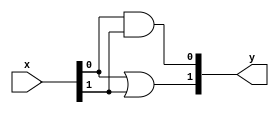
// vim: ts=4 sts=0 sw=0 noet
`default_nettype none
`timescale 1ns / 1ns

module sorter2b (
	input wire [1:0] x,
	output wire [1:0] y
);
	or (y[1], x[0], x[1]);
	and (y[0], x[0], x[1]);
endmodule

module sorter3b (
	input wire [2:0] x,
	output wire [2:0] y
);
	wire [1:0] l1;
	wire l2;
	sorter2b s_2_1_0 (
		.x (x[2:1]),
		.y (l1)
	);
	sorter2b s_1_0 (
		.x ({l1[0], x[0]}),
		.y ({l2, y[0]})
	);
	sorter2b s_2_1_1 (
		.x ({l1[1], l2}),
		.y (y[2:1])
	);
endmodule

module sorter4b (
	input wire [3:0] x,
	output wire [3:0] y
);
	wire [3:0] l1;
	wire [1:0] l2;
	sorter2b s_3_2 (
		.x (x[3:2]),
		.y (l1[3:2])
	);
	sorter2b s_1_0 (
		.x (x[1:0]),
		.y (l1[1:0])
	);
	sorter2b s_3_1 (
		.x ({l1[3], l1[1]}),
		.y ({y[3], l2[0]})
	);
	sorter2b s_2_0 (
		.x ({l1[2], l1[0]}),
		.y ({l2[1], y[0]})
	);
	sorter2b s_2_1 (
		.x (l2),
		.y (y[2:1])
	);
endmodule

module mux2b (
	input wire [1:0] x,
	input wire s,
	output wire y
);
	wire [1:0] l1;
	and (l1[0], x[0], ~s);
	and (l1[1], x[1], s);
	or (y, l1[0], l1[1]);
endmodule

module counter7b3 (
	input wire [6:0] x,
	output wire [2:0] y
);
	wire [1:3] I;
	wire [1:4] H;

	wire [3:1] c2l1;
	wire [2:1] c2l2;

	wire [0:3] Q;

	wire [2:1] sl1;
	wire [2:1] sl2;

	wire [2:1] c1l1;
	wire [2:1] c1l2;

	sorter3b srtI (
		.x (x[6:4]),
		.y (I)
	);
	sorter4b srtH (
		.x (x[3:0]),
		.y (H)
	);

	// C2 - Layer 1
	and (c2l1[1], I[3], H[1]);
	and (c2l1[2], I[2], H[2]);
	and (c2l1[3], I[1], H[3]);
	// C2 - Layer 2
	or (c2l2[1], c2l1[1], c2l1[2]);
	or (c2l2[2], c2l1[3], H[4]);
	// C2
	or (y[2], c2l2[1], c2l2[2]);

	// Q
	assign Q = {~I[1], I[1]&(~I[2]), I[2]&(~I[3]), I[3]};

	// C1 - Layer 1
	and (c1l1[1], H[2], ~H[4]);
	and (c1l1[2], H[1], ~H[3]);
	// C1 - Layer 2
	mux2b mux2c1a (
		.x ({Q[0], Q[2]}),
		.s (c1l1[1]),
		.y (c1l2[1])
	);
	mux2b mux2c1b (
		.x ({Q[1], Q[3]}),
		.s (c1l1[2]),
		.y (c1l2[2])
	);
	// C1
	or (y[1], c1l2[1], c1l2[2]);

	// S - Layer 1
	and (sl1[1], H[1], ~H[2]);
	and (sl1[2], H[3], ~H[4]);
	// S - Layer 2
	or (sl2[1], sl1[1], sl1[2]);

	// mistake in the article (circuit): sl2[2] = Q[2]|Q[3]
	or (sl2[2], Q[1], Q[3]);
	// S
	xor (y[0], sl2[2], sl2[1]);
endmodule